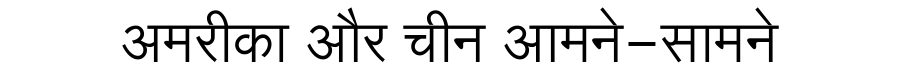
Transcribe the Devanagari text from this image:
अमरीका और चीन आमने-सामने